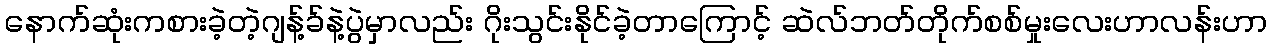
နောက်ဆုံးကစားခဲ့တဲ့ဂျန့်ခ်နဲ့ပွဲမှာလည်း ဂိုးသွင်းနိုင်ခဲ့တာကြောင့် ဆဲလ်ဘတ်တိုက်စစ်မှုးလေးဟာလန်းဟာ